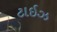
ટાઇઝ